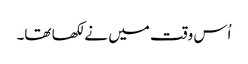
اُس وقت میں نے لکھا تھا۔